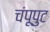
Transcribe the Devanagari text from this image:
चंपूपुट